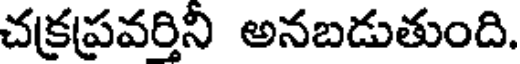
చక్రప్రవర్తిని అనబడుతుంది.